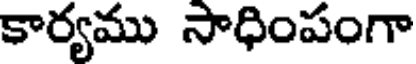
కార్యము సాధింపంగా